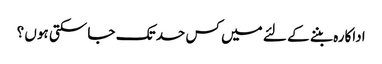
اداکارہ بننے کے لئے میں کس حد تک جا سکتی ہوں ؟